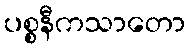
ပစ္စနီကသာတော